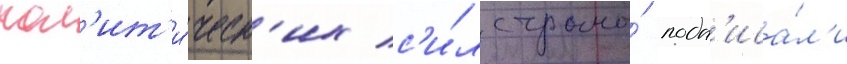
пол'ит'и́ческ'их с'и́л страны́ подп'иса́л'и